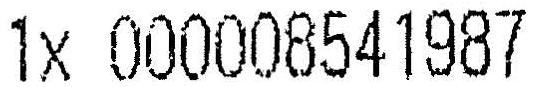
1X 000008541987